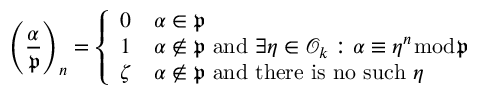
\left( { \frac { \alpha } { \mathfrak { p } } } \right) _ { n } = { \left\{ \begin{array} { l l } { 0 } & { \alpha \in { \mathfrak { p } } } \\ { 1 } & { \alpha \not \in { \mathfrak { p } } { \mathrm { ~ a n d ~ } } \exists \eta \in { \mathcal { O } } _ { k } : \alpha \equiv \eta ^ { n } { \bmod { \mathfrak { p } } } } \\ { \zeta } & { \alpha \not \in { \mathfrak { p } } { \mathrm { ~ a n d ~ t h e r e ~ i s ~ n o ~ s u c h ~ } } \eta } \end{array} \right. }